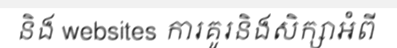
និង websites ការគូរនិងសិក្សាអំពី